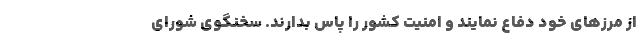
از مرزهای خود دفاع نمایند و امنیت کشور را پاس بدارند. سخنگوی شورای